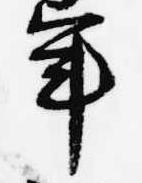
年